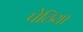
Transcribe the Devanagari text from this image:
पेठिया